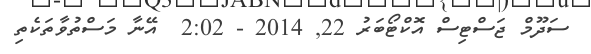
ސަދޫމް ޖަސްޓިސް އޮކްޓޯބަރު 22